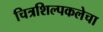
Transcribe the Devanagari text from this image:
चित्रशिल्पकलेचा